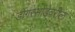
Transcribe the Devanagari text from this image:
डोंगरसोंडेवरील